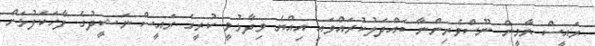
ރައީސް ޔާމީން ނޫސްވެރިންނާ ބައްދަލުކުރައްވައި އިއްޔެ ވިދާޅުވީ ކުރީގެ ރައީސް ނަޝީދުގެ ފާހަކަފުޅަށް